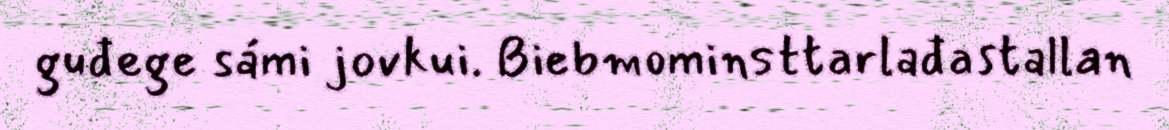
guđege sámi jovkui. Biebmominsttarlađastallan